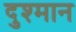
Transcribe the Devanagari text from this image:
दुश्मान